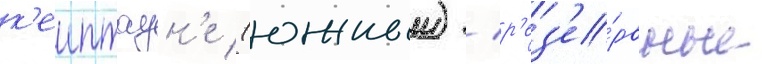
к'еиптаун'е (южныи) / р'ез'е́рвные